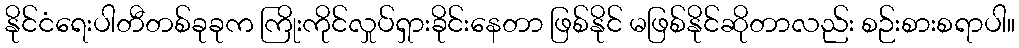
နိုင်ငံရေးပါတီတစ်ခုခုက ကြိုးကိုင်လှုပ်ရှားခိုင်းနေတာ ဖြစ်နိုင် မဖြစ်နိုင်ဆိုတာလည်း စဉ်းစားစရာပါ။